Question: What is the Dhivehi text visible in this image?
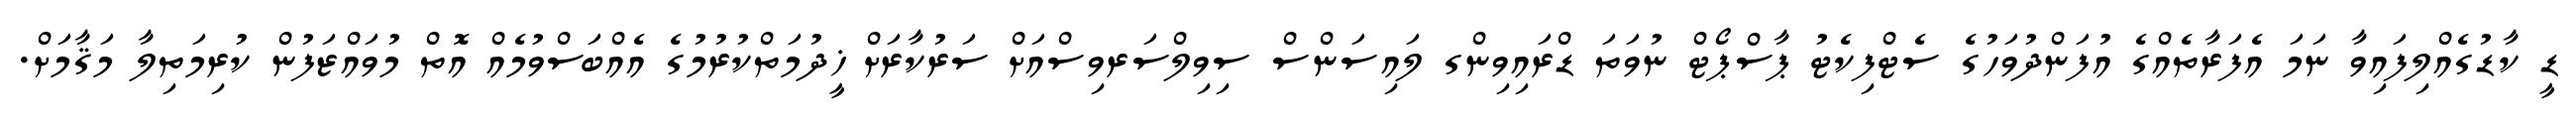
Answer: ޑީ ކާޑުގެއްލިފައިވާ ނަމަ އެފަރާތެއްގެ އުފަންދުވަހުގެ ސެޓްފިކެޓު ޕާސްޕޯޓް ނުވަތަ ޑްރައިވިންގ ލައިސަންސް ސިވިލްސަރވިސްއަށް ސަރުކާރަށް ޚީދުމަތްކުރުމުގެ އެއްބަސްވުމެއް އޮތް މުވައްޒަފުން ކުރިމަތިލާ މަޤާމަށް.